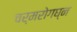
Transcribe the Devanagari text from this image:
चर्मरोगघ्न